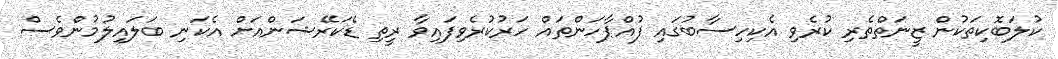
ކުލަބޮކިތަކުން ޒީނަތްތެރި ކުރެވި އެކިހިސާބުގައި ފުއްޕާހަންތައް ހަރުކުރެވިފައިވާ ރީތި ޑެކަރޭޝަންއަށް އެކަނި ބަލައިލުމުންވެސް